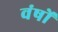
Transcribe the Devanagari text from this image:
वंषों